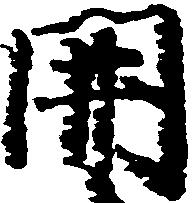
開